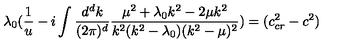
\lambda _ { 0 } ( \frac { 1 } { u } - i \int \frac { d ^ { d } k } { ( 2 \pi ) ^ { d } } \frac { \mu ^ { 2 } + \lambda _ { 0 } k ^ { 2 } - 2 \mu k ^ { 2 } } { k ^ { 2 } ( k ^ { 2 } - \lambda _ { 0 } ) ( k ^ { 2 } - \mu ) ^ { 2 } } ) = ( c _ { c r } ^ { 2 } - c ^ { 2 } )